Indian journal of veterinary science and animal husbandry - Volumes 18-21, 1948-1951
Year: 1948
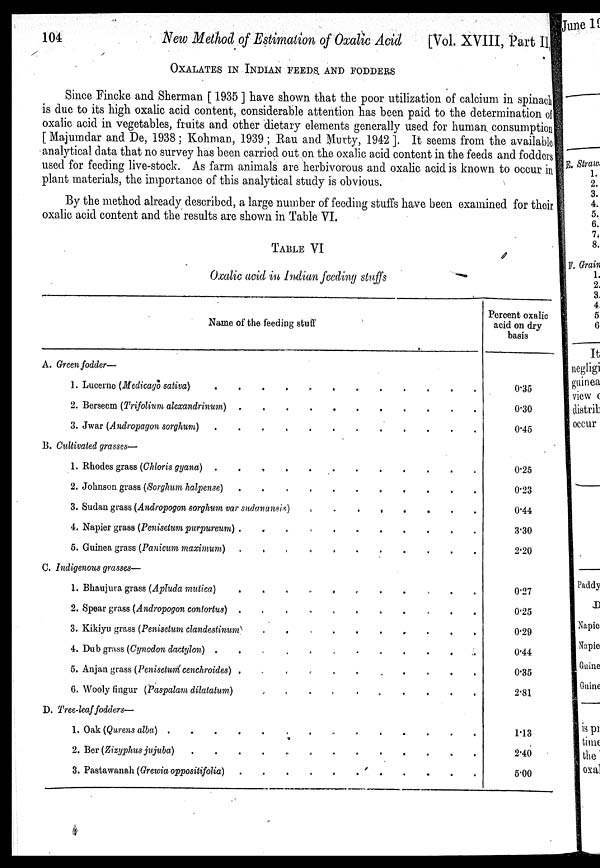
104
New Method of Estimation of Oxalic Acid
[Vol. XVIII, Part II
OXALATES IN INDIAN FEEDS AND FODDERS
Since Fincke and Sherman [ 1935 ] have shown that the poor utilization of calcium in spinach
is due to its high oxalic acid content, considerable attention has been paid to the determination of
oxalic acid in vegetables, fruits and other dietary elements generally used for human consumption
[Majumdar and De, 1938 ; Kohman, 1939 ; Rau and Murty, 1942 ]. It seems from the available
analytical data that no survey has been carried out on the oxalic acid content in the feeds and fodders
used for feeding live-stock. As farm animals are herbivorous and oxalic acid is known to occur in
plant materials, the importance of this analytical study is obvious.
By the method already described, a large number of feeding stuffs have been examined for their
oxalic acid content and the results are shown in Table VI.
TABLE VI
Oxalic acid in Indian feeding stuffs
Name of the feeding stuff
A. Green fodder—
1. Lucerne (Medicago sativa) . . . . . . . . . . . .
2. Berseem (Trifolium alexandrinum) . . . . . . . . . . . .
3. Jwar (Andropagon sorghum) . . . . . . . . . . . .
B. Cultivated grasses—
1. Rhodes grass (Chloris gyana) . . . . . . . . . . . .
2. Johnson grass (Sorghum halpense) . . . . . . . . . . . .
3. Sudan grass (Andropogon sorghum var sudanansis)
.
.
.
.
.
.
.
.
4. Napier grass (Penisetum cenchroides) . . . . . . . . . . . .
5. Guinea grass (Panicum maximum)
.
.
.
.
.
.
.
.
.
.
.
.
C. Indigenous grasses—
1. Bhaujura grass (Apluda mutica)
.
.
.
.
.
.
.
.
.
.
.
.
2. Spear grass (Andropogon contortus)
.
.
.
.
.
.
.
.
.
.
.
.
3. Kikiyu grass (Penisetum clandestinum) . . . . . . . . . . . .
4. Dub grass (Cynodon dactylon)
.
.
.
.
.
.
.
.
.
.
.
.
5. Anjan grass (Penisetum cenchroides)
.
.
.
.
.
.
.
.
.
.
.
.
6. Wooly fingur (Paspalam dilatatum)
.
.
.
.
.
.
.
.
.
.
.
.
D. Tree-leaf fodders—
1. Oak (Qurens alba) . . . . . . . . . . . .
2. Ber (Zizyphus jujuba)
.
.
.
.
.
.
.
.
.
.
.
.
3. Pastawanah (Grewia oppositifolia) . . . . . . . . . . . .
Percent oxalic
acid on dry
basis
0.35
0.30
0.45
0.25
0.23
0.44
3.30
2.20
0.27
0.25
0.29
0.44
0.35
2.81
1.13
2.40
5.00